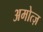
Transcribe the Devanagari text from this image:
अमोत्ज़